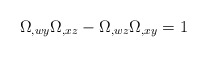
\begin{align*}\Omega_{,wy}\Omega_{,xz} - \Omega_{,wz}\Omega_{,xy} = 1 \end{align*}